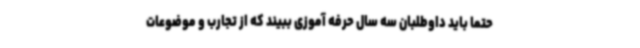
حتما باید داوطلبان سه سال حرفه آموزی ببیند که از تجارب و موضوعات